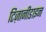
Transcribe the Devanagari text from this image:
टिज़ानीडाइन